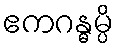
ဧကဂန္ဓမ္ပိ